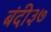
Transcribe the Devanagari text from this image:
बंदी३७